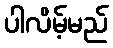
ပါလိမ့်မည်